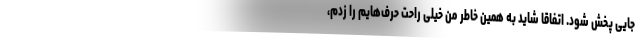
جایی پخش شود. اتفاقا شاید به همین خاطر من خیلی راحت حرف‌هایم را زدم،